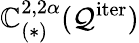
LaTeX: \mathbb{C}_{(*)}^{2,2\alpha}(\mathcal{{Q}}^{\mathrm{{iter}}})